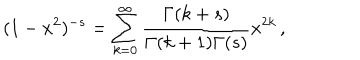
LaTeX: ( 1 - x ^ { 2 } ) ^ { - s } = \sum _ { k = 0 } ^ { \infty } { \frac { \Gamma ( k + s ) } { \Gamma ( k + 1 ) \Gamma ( s ) } } x ^ { 2 k } \, ,